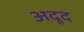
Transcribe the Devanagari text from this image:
अदूद